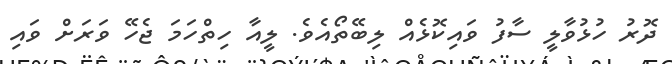
ދޮރު ހުޅުވާލީ ސާފު ވައިކޮޅެއް ލިބޭތޯއެވެ. ލީއާ ހިތްހަމަ ޖެހޭ ވަރަށް ވައި